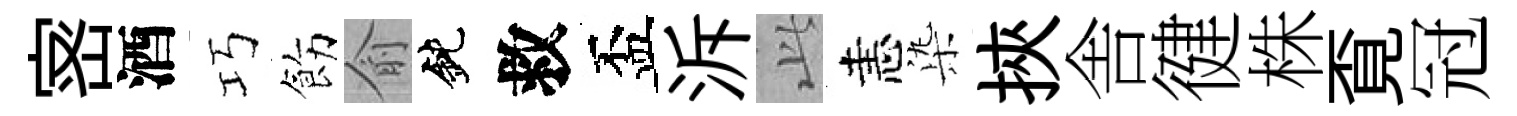
宻酒巧飭俞鈍救盃泝𬼘恚𣑱挾舎徤株覔冠